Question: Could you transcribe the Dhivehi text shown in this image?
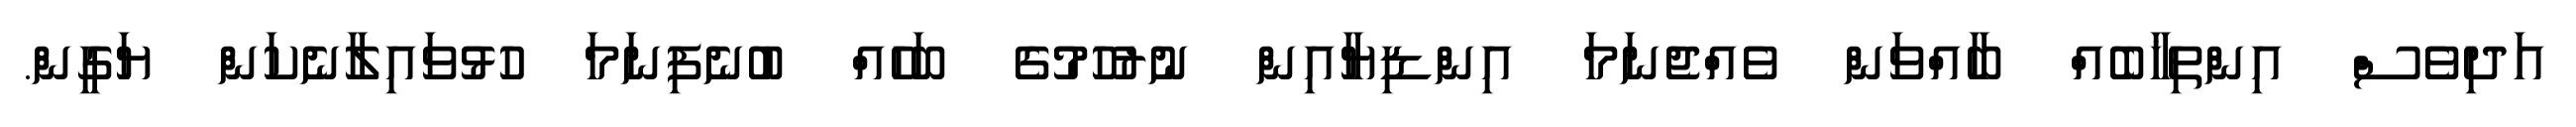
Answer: އަދިވެސް އިންތިޚާބެއް ބާއްވަން ވެއްޖެނަމަ އިންޑިޔާއިން ނުރުހުމުގެ ބަހެއް ބުނެފިނަމަ ހުޅުވައިލާނެކަން ޔަގީން.